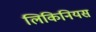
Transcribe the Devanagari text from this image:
लिकिनियस